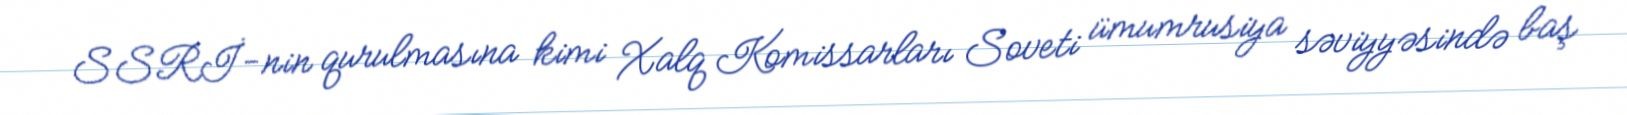
SSRİ-nin qurulmasına kimi Xalq Komissarları Soveti ümumrusiya səviyyəsində baş